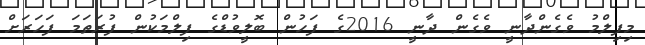
މިފިލްމު ވެގެންދާނީ ވެގެން ދާނީ 2016ގެ ފަހުން ބޮލީވުޑްގެ ފިލްމަކުން ފުރަތަމަ ފަހަރަށް